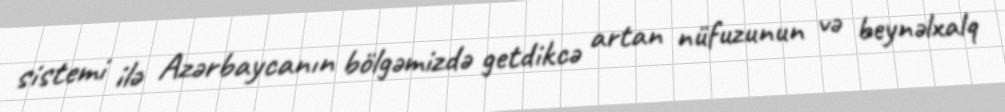
sistemi ilə Azərbaycanın bölgəmizdə getdikcə artan nüfuzunun və beynəlxalq